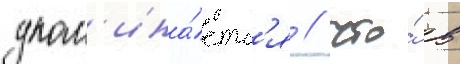
упом'ина́етс'я / что́ в